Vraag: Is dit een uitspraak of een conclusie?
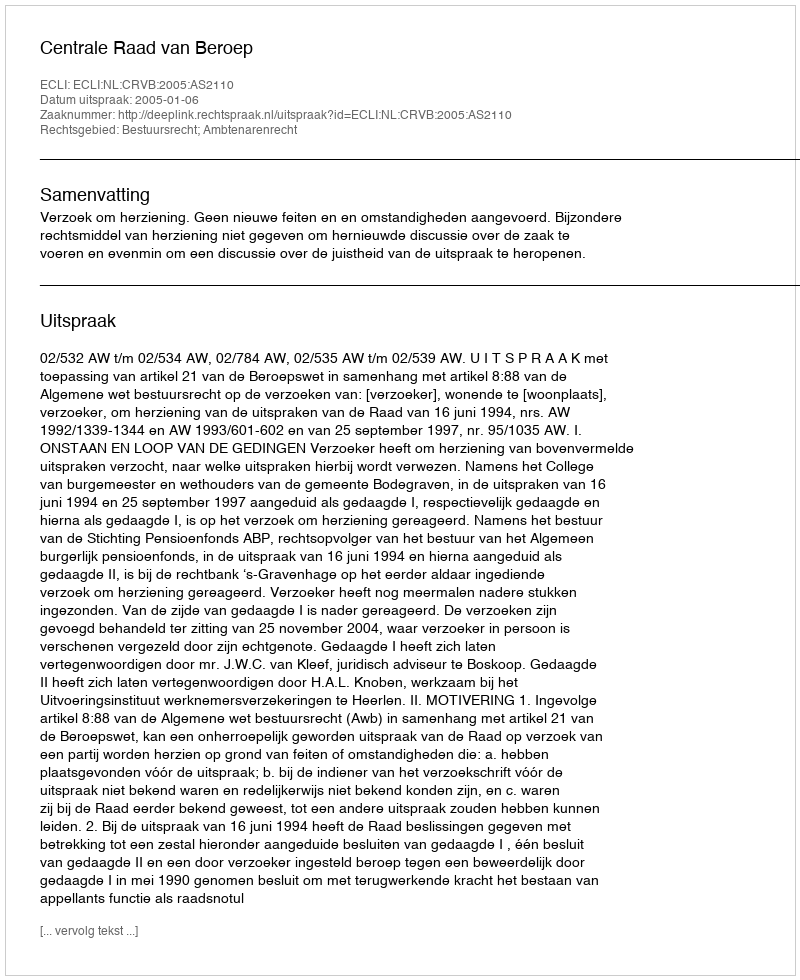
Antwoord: Uitspraak